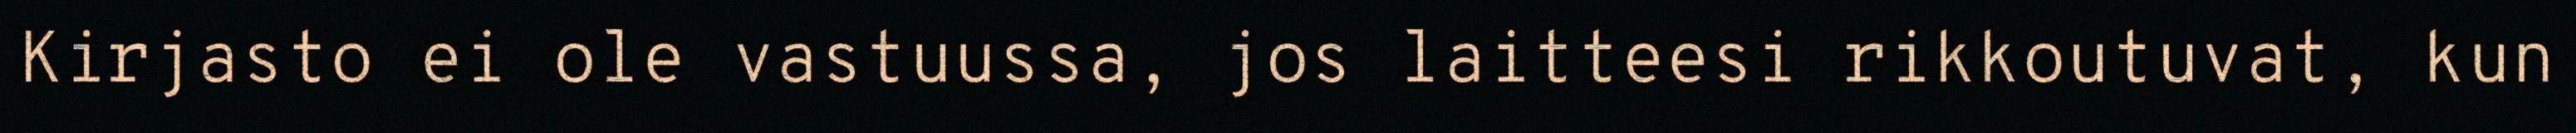
Kirjasto ei ole vastuussa, jos laitteesi rikkoutuvat, kun